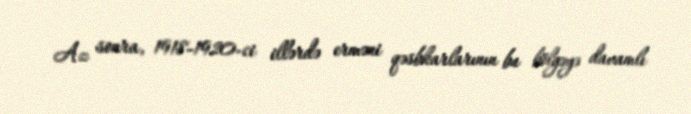
Az sonra, 1918-1920-ci illərdə erməni qəsbkarlarının bu bölgəyə davamlı